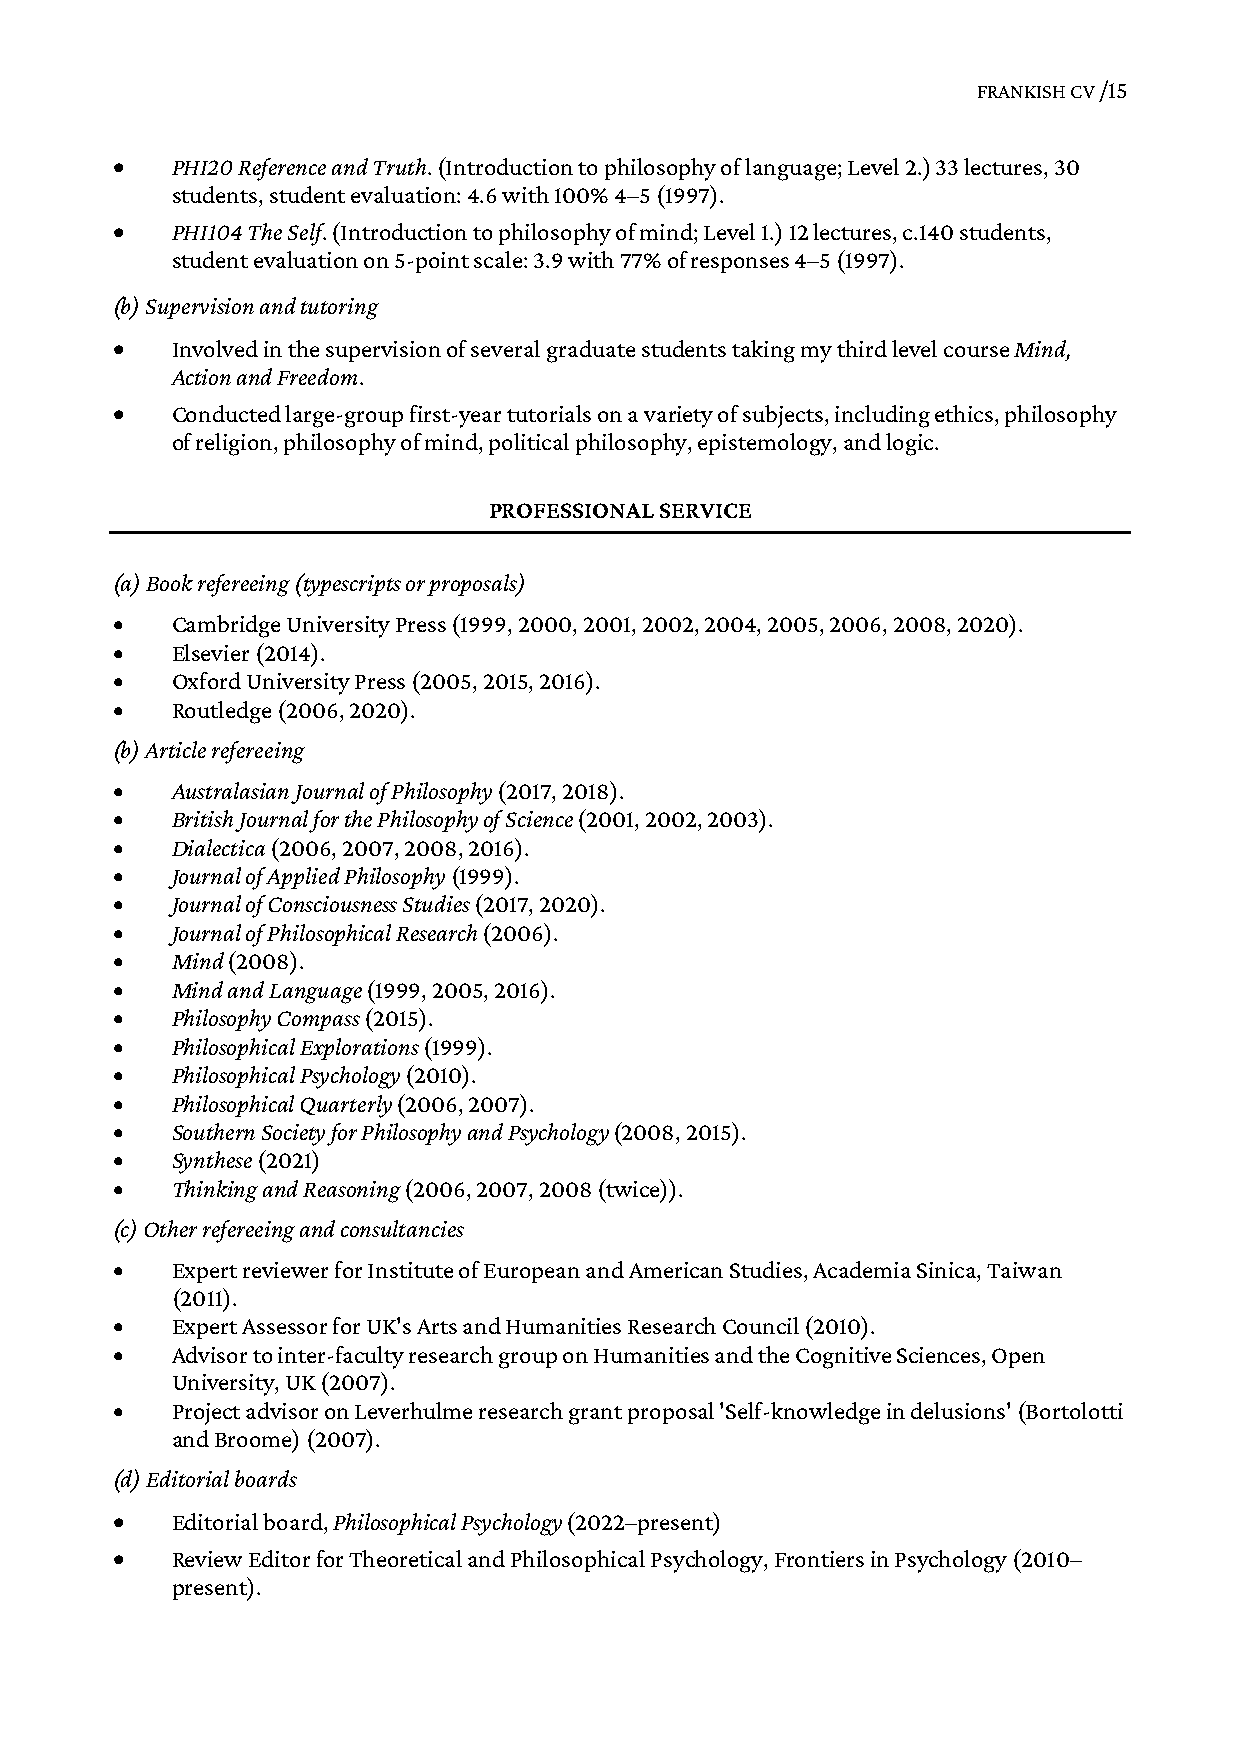
FRANKISH CV /15
    PHI20 Reference and Truth. (Introduction to philosophy of language; Level 2.) 33 lectures, 30
 students, student evaluation: 4.6 with 100% 4–5 (1997).
    PHI104 The Self. (Introduction to philosophy of mind; Level 1.) 12 lectures, c.140 students,
 student evaluation on 5-point scale: 3.9 with 77% of responses 4–5 (1997).
 (b) Supervision and tutoring
    Involved in the supervision of several graduate students taking my third level course Mind,
 Action and Freedom.
    Conducted large-group first-year tutorials on a variety of subjects, including ethics, philosophy
 of religion, philosophy of mind, political philosophy, epistemology, and logic.
 PROFESSIONAL SERVICE
 (a) Book refereeing (typescripts or proposals)
    Cambridge University Press (1999, 2000, 2001, 2002, 2004, 2005, 2006, 2008, 2020).
    Elsevier (2014).
    Oxford University Press (2005, 2015, 2016).
    Routledge (2006, 2020).
 (b) Article refereeing
    Australasian Journal of Philosophy (2017, 2018).
    British Journal for the Philosophy of Science (2001, 2002, 2003).
    Dialectica (2006, 2007, 2008, 2016).
    Journal of Applied Philosophy (1999).
    Journal of Consciousness Studies (2017, 2020).
    Journal of Philosophical Research (2006).
    Mind (2008).
    Mind and Language (1999, 2005, 2016).
    Philosophy Compass (2015).
    Philosophical Explorations (1999).
    Philosophical Psychology (2010).
    Philosophical Quarterly (2006, 2007).
    Southern Society for Philosophy and Psychology (2008, 2015).
    Synthese (2021)
    Thinking and Reasoning (2006, 2007, 2008 (twice)).
 (c) Other refereeing and consultancies
    Expert reviewer for Institute of European and American Studies, Academia Sinica, Taiwan
 (2011).
    Expert Assessor for UK's Arts and Humanities Research Council (2010).
    Advisor to inter-faculty research group on Humanities and the Cognitive Sciences, Open
 University, UK (2007).
    Project advisor on Leverhulme research grant proposal 'Self-knowledge in delusions' (Bortolotti
 and Broome) (2007).
 (d) Editorial boards
    Editorial board, Philosophical Psychology (2022–present)
    Review Editor for Theoretical and Philosophical Psychology, Frontiers in Psychology (2010–
 present).